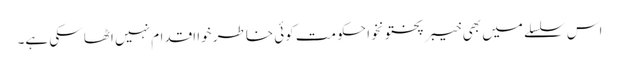
اس سلسلے میں بھی خیبر پختونخوا حکومت کوئی خاطر خوا اقدام نہیں اٹھا سکی ہے۔